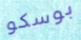
بوسكو